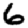
Digit: 6